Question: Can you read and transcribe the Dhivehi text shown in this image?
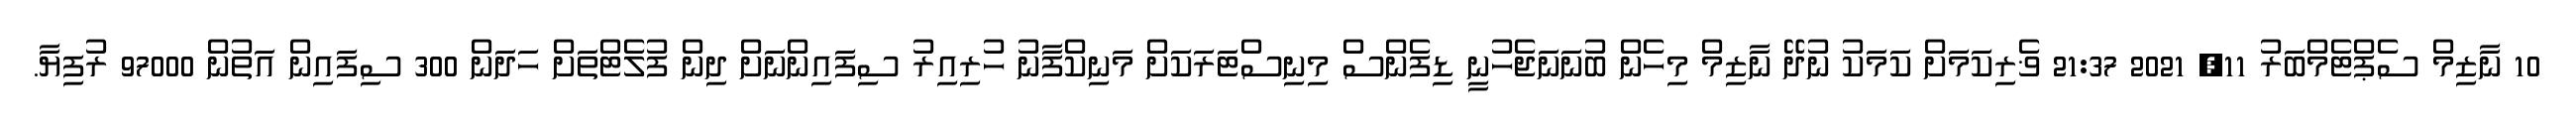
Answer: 10 ނާޒިމް ސެޕްޓެމްބަރު 11, 2021 21:37 ޥެރިކަމަށް ކަމަކު ނުދޭ ނާޒިމް މިހެން ބުނަނަޖެހުނީ ޑިފެންސް މިނިސްޓަރަކަށް މަނިކްފާނު ހުރިއިރު ސިފައިންނަށް ދިން ފުލެޓްތަށް ހަދަން 300 ސިފައިން އަތުން 97000 ރުފިޔާ.